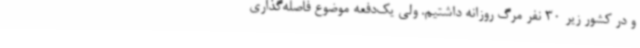
و در کشور زیر 30 نفر مرگ روزانه داشتیم. ولی یک‌دفعه موضوع فاصله‌گذاری